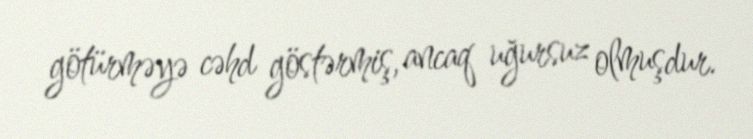
götürməyə cəhd göstərmiş, ancaq uğursuz olmuşdur.